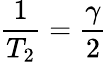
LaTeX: \frac{1}{T_{2}}=\frac{\gamma}{2}